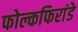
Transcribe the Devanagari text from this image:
फोल्कफिरांडे